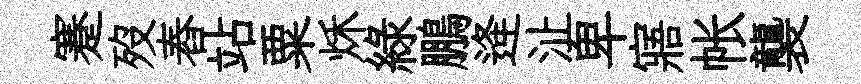
蹇歿舂站粟秌綠鵬逄沚卑寤帐襲